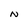
Character: N